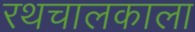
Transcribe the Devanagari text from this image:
रथचालकाला